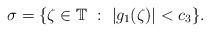
LaTeX: \begin{align*} \sigma = \{\zeta\in\mathbb T \ :\ |g_1(\zeta)|<c_3\}. \end{align*}